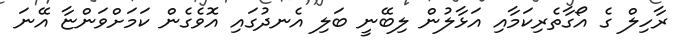
ރާހިލް ގެ އޯގާތެރިކަމާއި އަޅާލުން ލިބޭނީ ބަލި އެނދުގައި އޮވެގެން ކަމަށްވަންޏާ އޭނަ